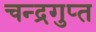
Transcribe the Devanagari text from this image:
चन्‍द्रगुप्‍त